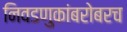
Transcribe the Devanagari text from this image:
निवडणुकांबरोबरच